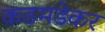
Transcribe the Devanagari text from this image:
कडमडेकर